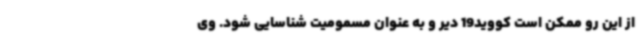
از این رو ممکن است کووید19 دیر و به عنوان مسمومیت شناسایی شود. وی